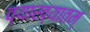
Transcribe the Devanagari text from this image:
व्याख्यातम्